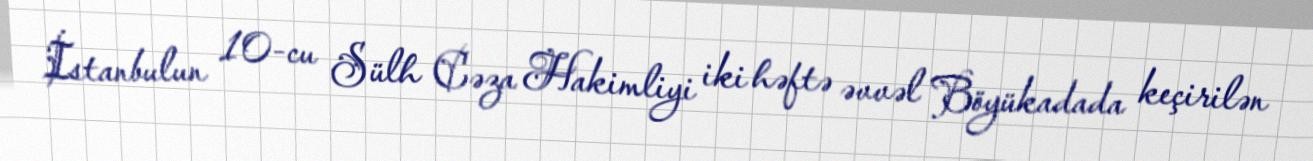
İstanbulun 10-cu Sülh Cəza Hakimliyi iki həftə əvvəl Böyükadada keçirilən